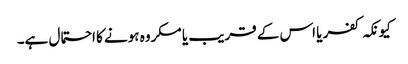
کیونکہ کفر یا اس کے قریب یا مکروہ ہونے کا احتمال ہے۔